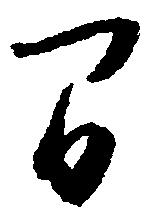
間